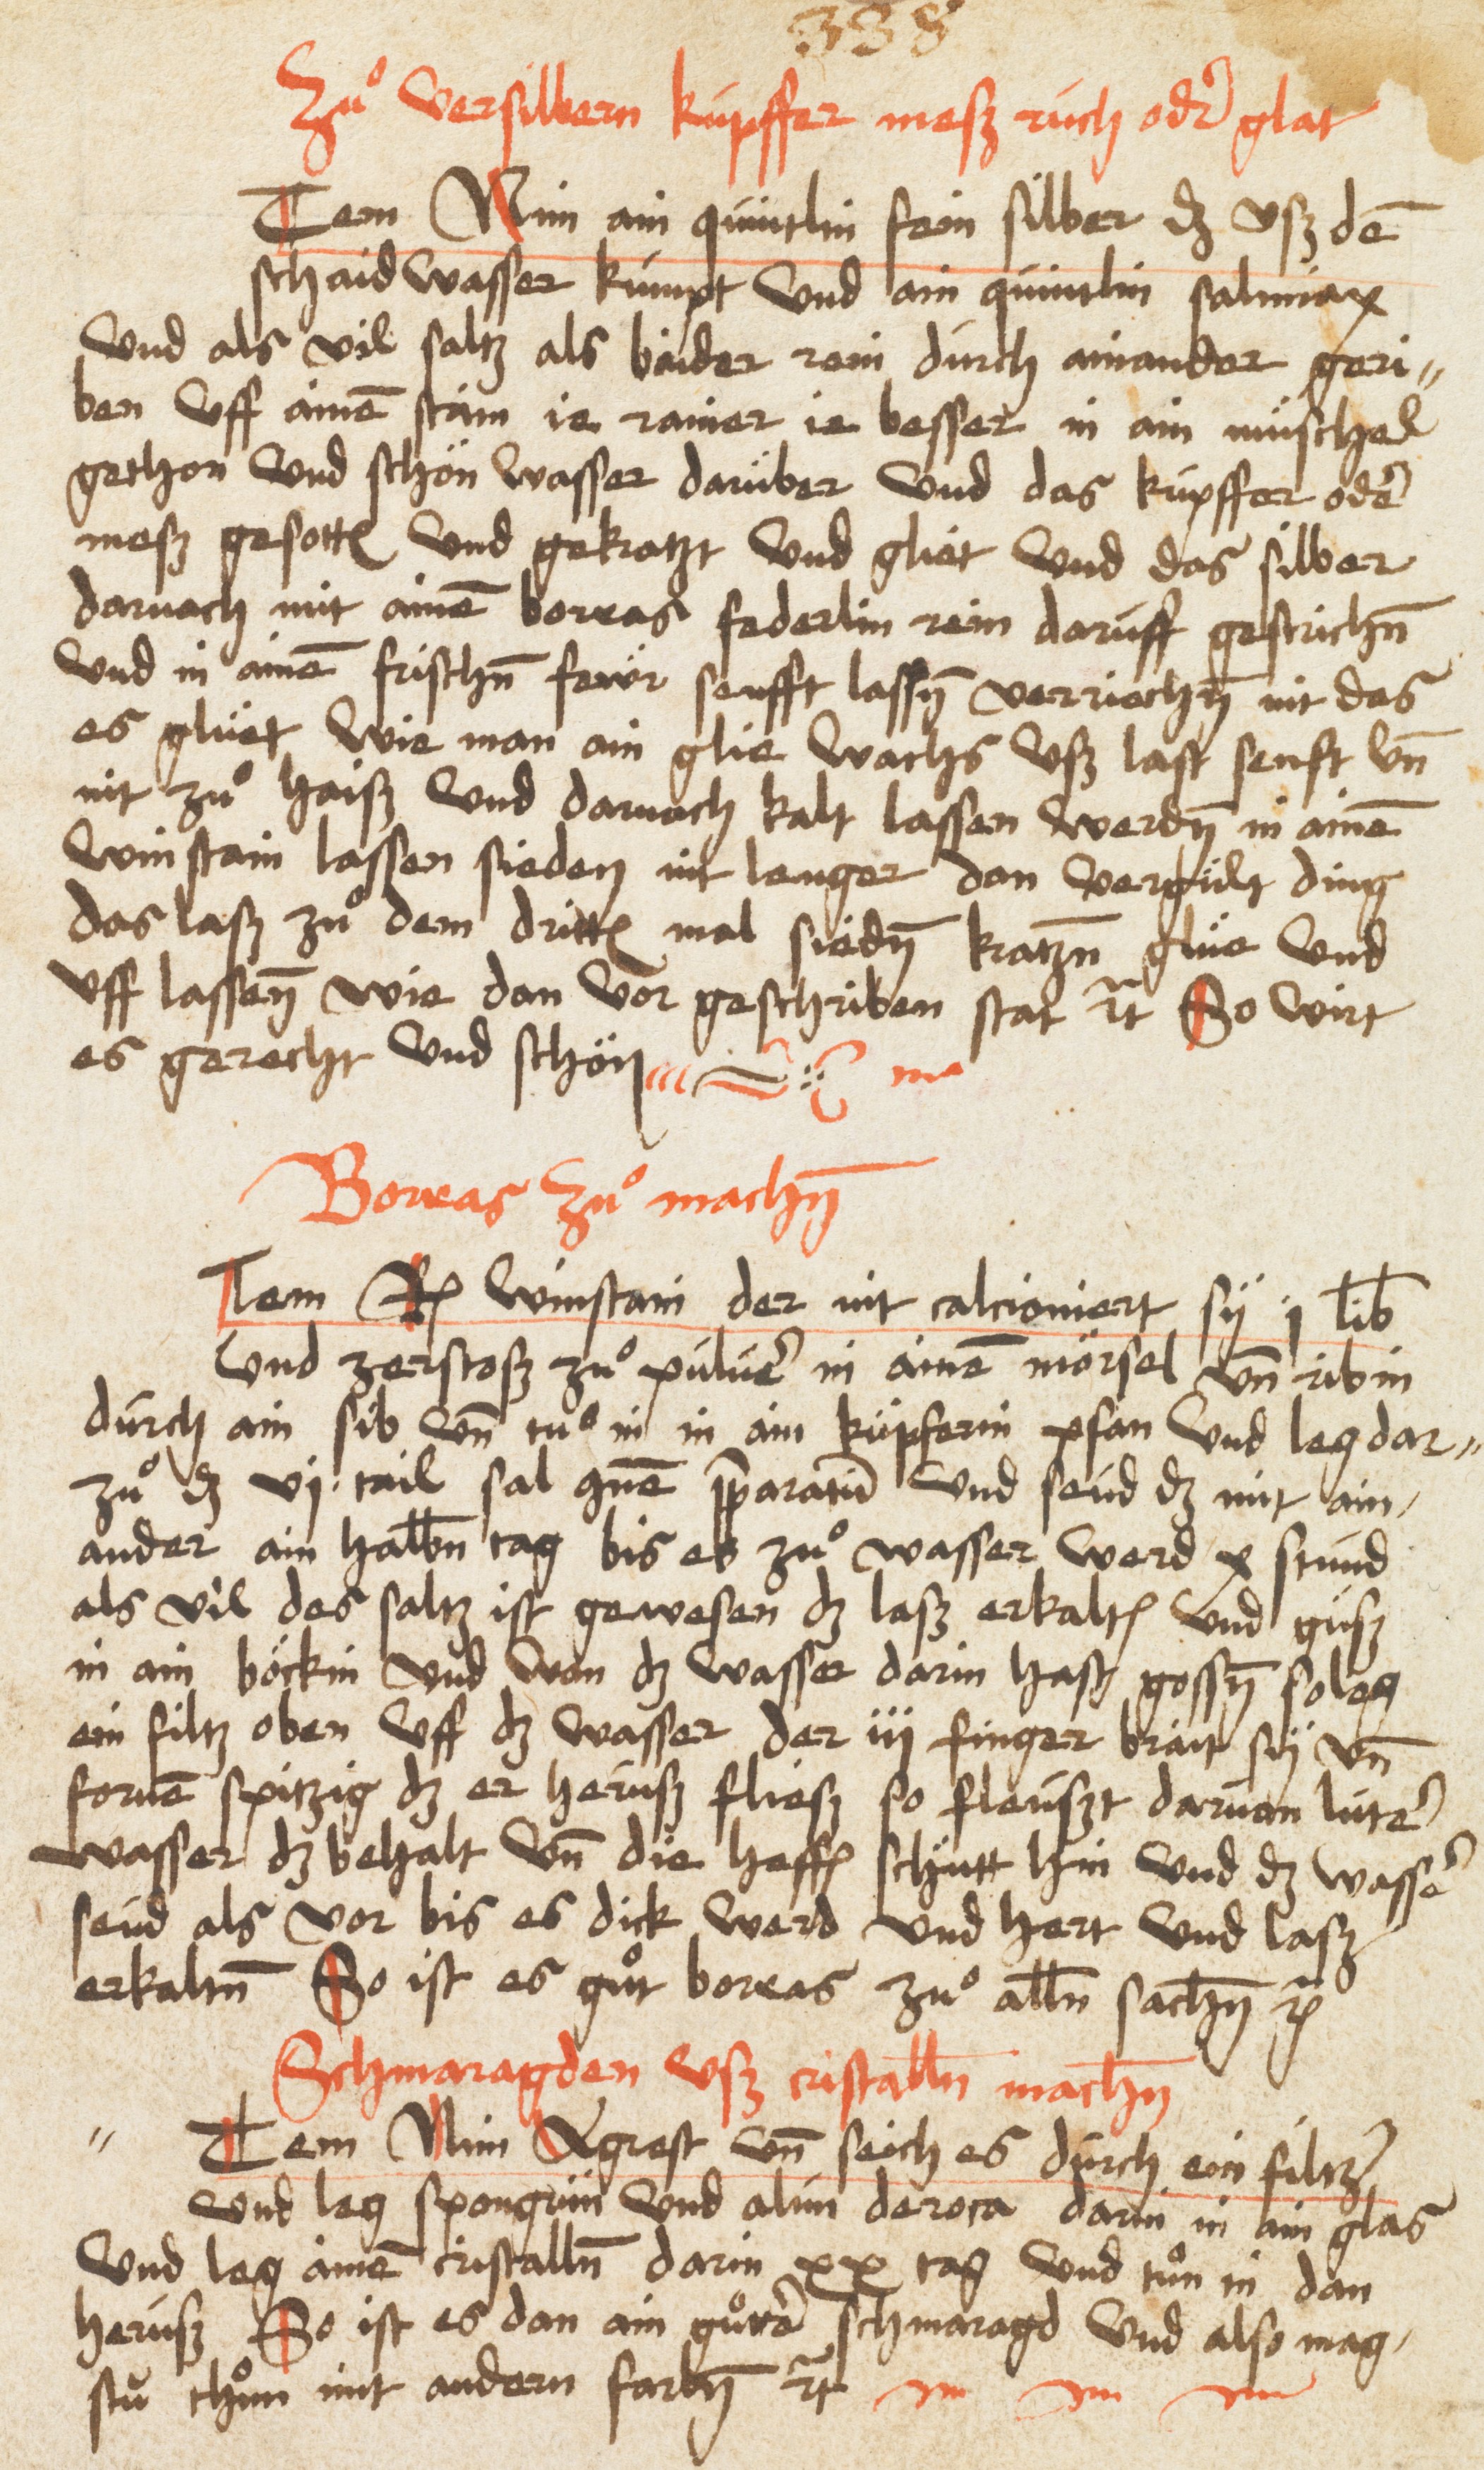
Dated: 1485–1515